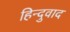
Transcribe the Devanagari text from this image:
हिन्दुवाद